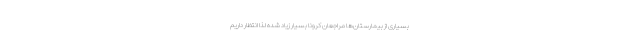
بسیاری از بیمارستان‌ها مراجعان کرونا بسیار زیاد شده لذا انتظار داریم